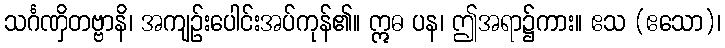
သင်္ဂဏှိတဗ္ဗာနိ၊ အကျဉ်းပေါင်းအပ်ကုန်၏။ ဣဓ ပန၊ ဤအရာ၌ကား။ ဧသ (ဧသော)၊